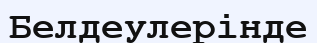
Белдеулерінде